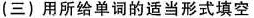
(三)用所给单词的适当形式填空